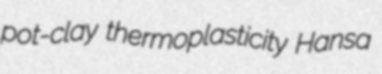
pot-clay thermoplasticity Hansa